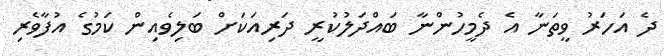
ދެ އަހަރު ވީތަނާ އެ ދެމީހުންނާ ބައްދަލުކުރީ ދަރިއަކަށް ބަލިވެއިން ކަމުގެ އުފާވެރި